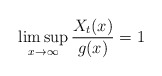
\begin{align*}\limsup_{x\to\infty} \frac{X_t(x)}{g(x)} =1\qquad\end{align*}